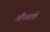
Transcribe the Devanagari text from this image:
औपचार्क